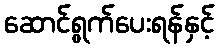
ဆောင်ရွက်ပေးရန်နှင့်